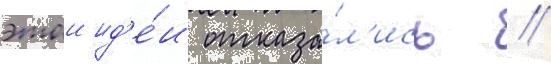
этои ид'е́и отказа́л'ись //